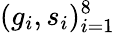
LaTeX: (g_{i},s_{i})_{i=1}^{8}